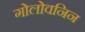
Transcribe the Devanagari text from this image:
गोलोवनिन